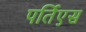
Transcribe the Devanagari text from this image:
पर्तिएस